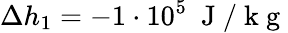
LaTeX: \Delta h_{1}=-1\cdot 10^{5}~\mathrm{~J~/~k~g~}